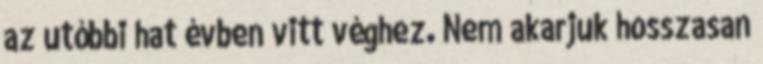
az utóbbi hat évben vitt véghez. Nem akarjuk hosszasan